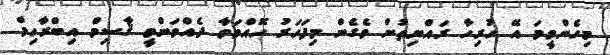
މިހެންވީމަ އޭ ހުރިހާ ރައްޔިތުން ވެގެން މިފަހަރު ހޮއްވަވާ ދެއްވަންވީ ޤާސިމް އިބްރާހިމް